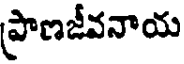
ప్రాణజీవనాయ